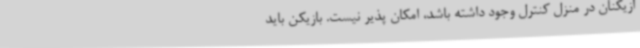
ازیکنان در منزل کنترل وجود داشته باشد، امکان پذیر نیست. بازیکن باید